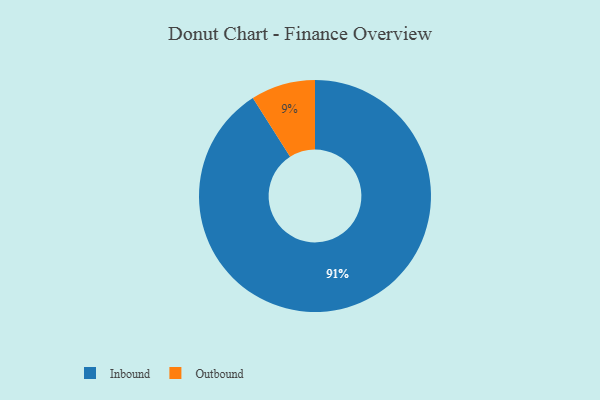
{"axis": {"x": "Category", "y": "Percentage"}, "legend": ["Inbound", "Outbound"], "data": [{"x": "Inbound", "y": 91, "type": "Inbound"}, {"x": "Outbound", "y": 9, "type": "Outbound"}]}